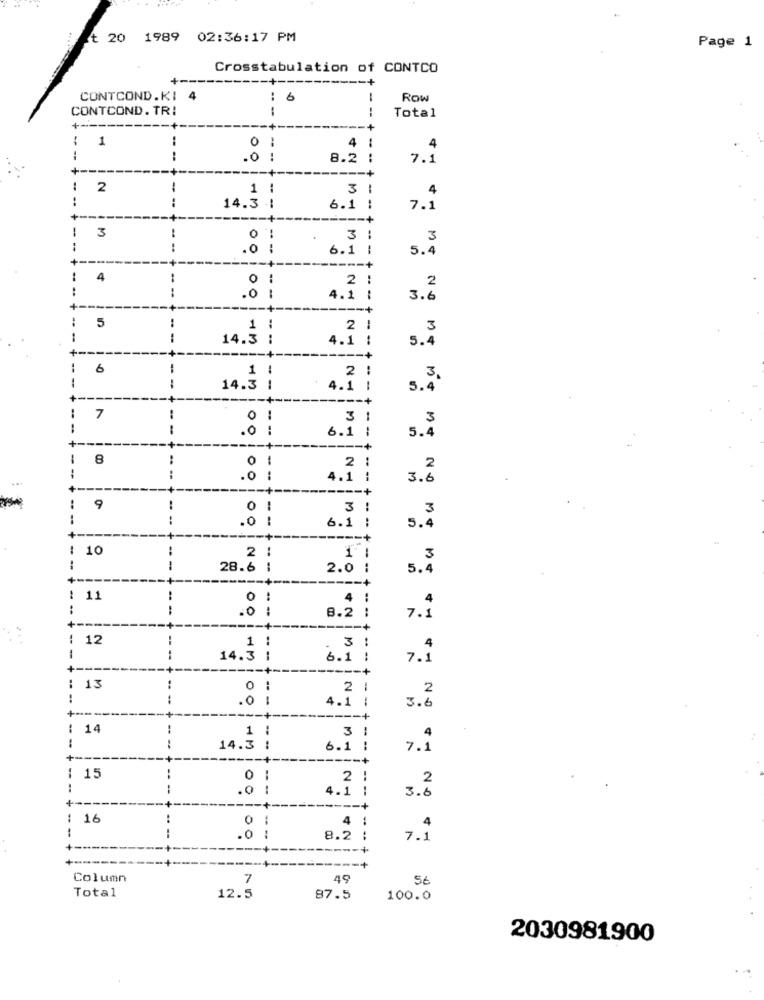
t 20 1989 02:36:17 PM
Page 1
Crosstabulation of CONTCO
-+
CONTCOND.KI
: 6
-
Row
CONTCOND. TR:
--
Total
+
1
0
4
:
.4
.0 !
8.2 :
7.1
+
2
1
3 1
4
14.3 1
6.1 :
7.1
-- +
3
3 :
-- +-
3
.o :
6.1 |
-+
-- 1
5.4
4
---
:
2
. 2
..
.0 1
4.1
3.6
-- +
--- +
5
1 :
2 1
3
-
--
14.3 :
4.1 :
5.4
-+
6
-
1 :
2 :
- -
14.3 1
4.1 1
5. 3.
-+
7
3 1
3
-
.o :
---
6.1 :
5.4
-- +
8
..
1
0
2 1
.0
4.1 |
3.6
-+
---- +
9
0
3 :
3
- -
.0
6.1 ;
5.4
: 10
2
3
-
28.6
- -
2.0 :
5.4
--- +
: 11
4 :
:
4
8.2 :
7.1
--- +
12
1 :
3 !
1
14.3 1
6.1 :
+ ---
---
7.ª
: 13
0 :
2 1
2
:
.0 1
4.1 |
3.6
---- +
3 1
1
4
14.3 :
6.1 :
7.1
+ ---
-+
: 15
2
-- -
00
4.1
2
3.5
+
: 16
1
4
.o
:
7.1
8.2
Column
7
49
56
Total
12.5
87.5
100.0
2030981900